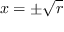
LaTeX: x = \pm { \sqrt { r } }